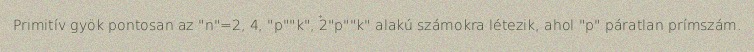
Primitív gyök pontosan az "n"=2, 4, "p""k", 2"p""k" alakú számokra létezik, ahol "p" páratlan prímszám.